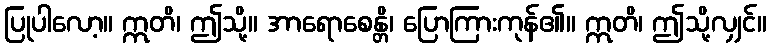
ပြုပါလော့။ ဣတိ၊ ဤသို့။ အာရောစေန္တိ၊ ပြောကြားကုန်၏။ ဣတိ၊ ဤသို့လျှင်။